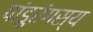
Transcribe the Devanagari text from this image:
पांडुरंगस्य